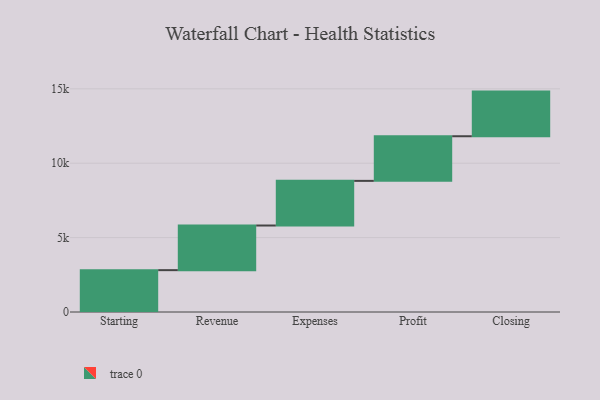
{"axis": {"x": "Step", "y": "Value"}, "legend": [""], "data": [{"x": "Starting", "y": 2813.0, "type": ""}, {"x": "Revenue", "y": 3000, "type": ""}, {"x": "Expenses", "y": 3000, "type": ""}, {"x": "Profit", "y": 3000, "type": ""}, {"x": "Closing", "y": 3000, "type": ""}]}